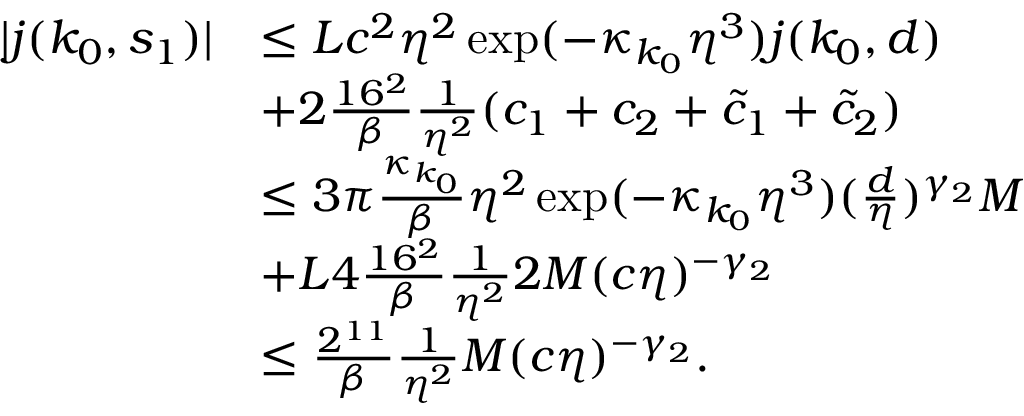
\begin{array} { r l } { \vert j ( k _ { 0 } , s _ { 1 } ) \vert } & { \le L c ^ { 2 } \eta ^ { 2 } \exp ( - \kappa _ { k _ { 0 } } \eta ^ { 3 } ) j ( k _ { 0 } , d ) } \\ & { + 2 \frac { 1 6 ^ { 2 } } \beta \frac 1 { \eta ^ { 2 } } ( c _ { 1 } + c _ { 2 } + \tilde { c } _ { 1 } + \tilde { c } _ { 2 } ) } \\ & { \le 3 \pi \frac { \kappa _ { k _ { 0 } } } \beta \eta ^ { 2 } \exp ( - \kappa _ { k _ { 0 } } \eta ^ { 3 } ) ( \frac d \eta ) ^ { \gamma _ { 2 } } M } \\ & { + L 4 \frac { 1 6 ^ { 2 } } \beta \frac 1 { \eta ^ { 2 } } 2 M ( c \eta ) ^ { - \gamma _ { 2 } } } \\ & { \le \frac { 2 ^ { 1 1 } } \beta \frac 1 { \eta ^ { 2 } } M ( c \eta ) ^ { - \gamma _ { 2 } } . } \end{array}